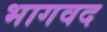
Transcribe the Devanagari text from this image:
भागवद